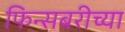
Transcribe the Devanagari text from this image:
फिन्सबरीच्या